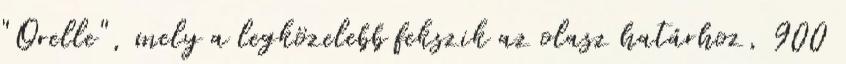
"Orelle", mely a legközelebb fekszik az olasz határhoz, 900